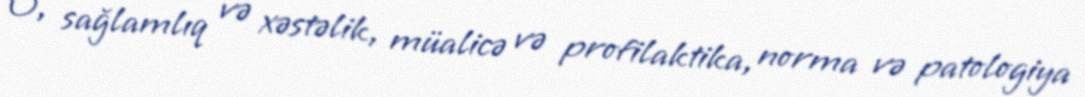
O, sağlamlıq və xəstəlik, müalicə və profilaktika, norma və patologiya